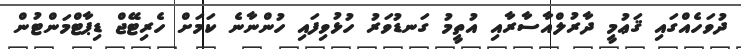
ދުވަހެއްގައި ޤަޢުމީ ދާރުލްއާސާރާއި އުތީމު ގަނޑުވަރު ހުޅުވިފައި ހުންނާނެ ކަމަށް ހެރިޓޭޖް ޑިޕާޓްމަންޓުން